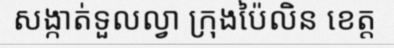
សង្កាត់ទួលល្វា ក្រុងប៉ៃលិន ខេត្ត